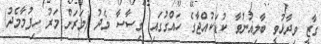
ގާޒީ ވިދާޅުވީ ބާލިޣުނުވާ ކުޑަކުއްޖާގެ ހައްގުގައި ގިސާސާ މެދު (މަރަށް މަރު ހިފުމާމެދު)